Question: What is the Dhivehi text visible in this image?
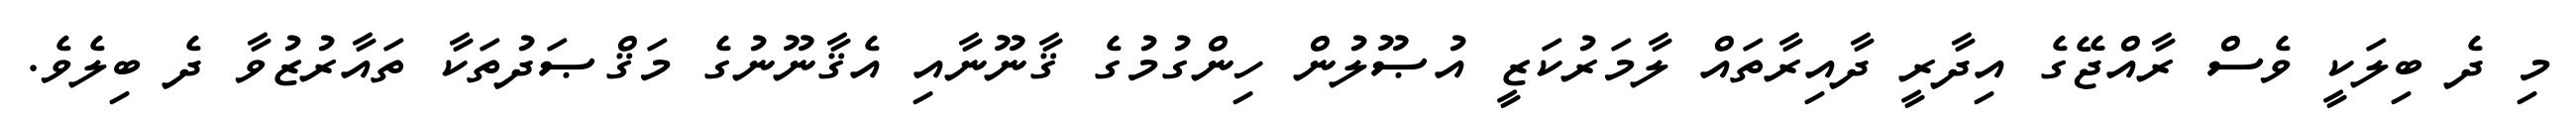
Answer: މި ދެ ބިލަކީ ވެސް ރާއްޖޭގެ އިދާރީ ދާއިރާތައް ލާމަރުކަޒީ އުޞޫލުން ހިންގުމުގެ ޤާނޫނާއި އެޤާނޫނުގެ މަޤްޞަދުތަކާ ތައާރުޒުވާ ދެ ބިލެވެ.